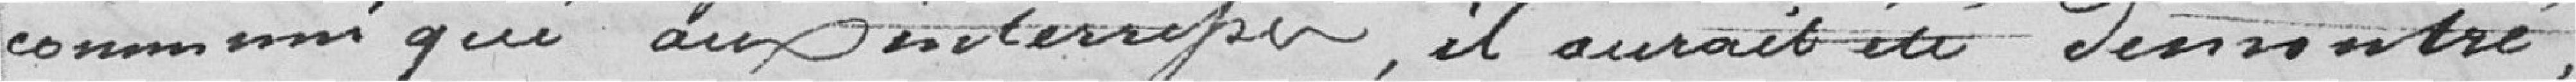
communiqué aux interruper, il aurait été démontré